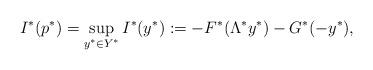
LaTeX: \begin{align*} I^*(p^*) = \sup\limits_{y^* \in Y^*} I^*(y^*) := -F^*(\Lambda^* y^*) - G^*(-y^*) ,\end{align*}